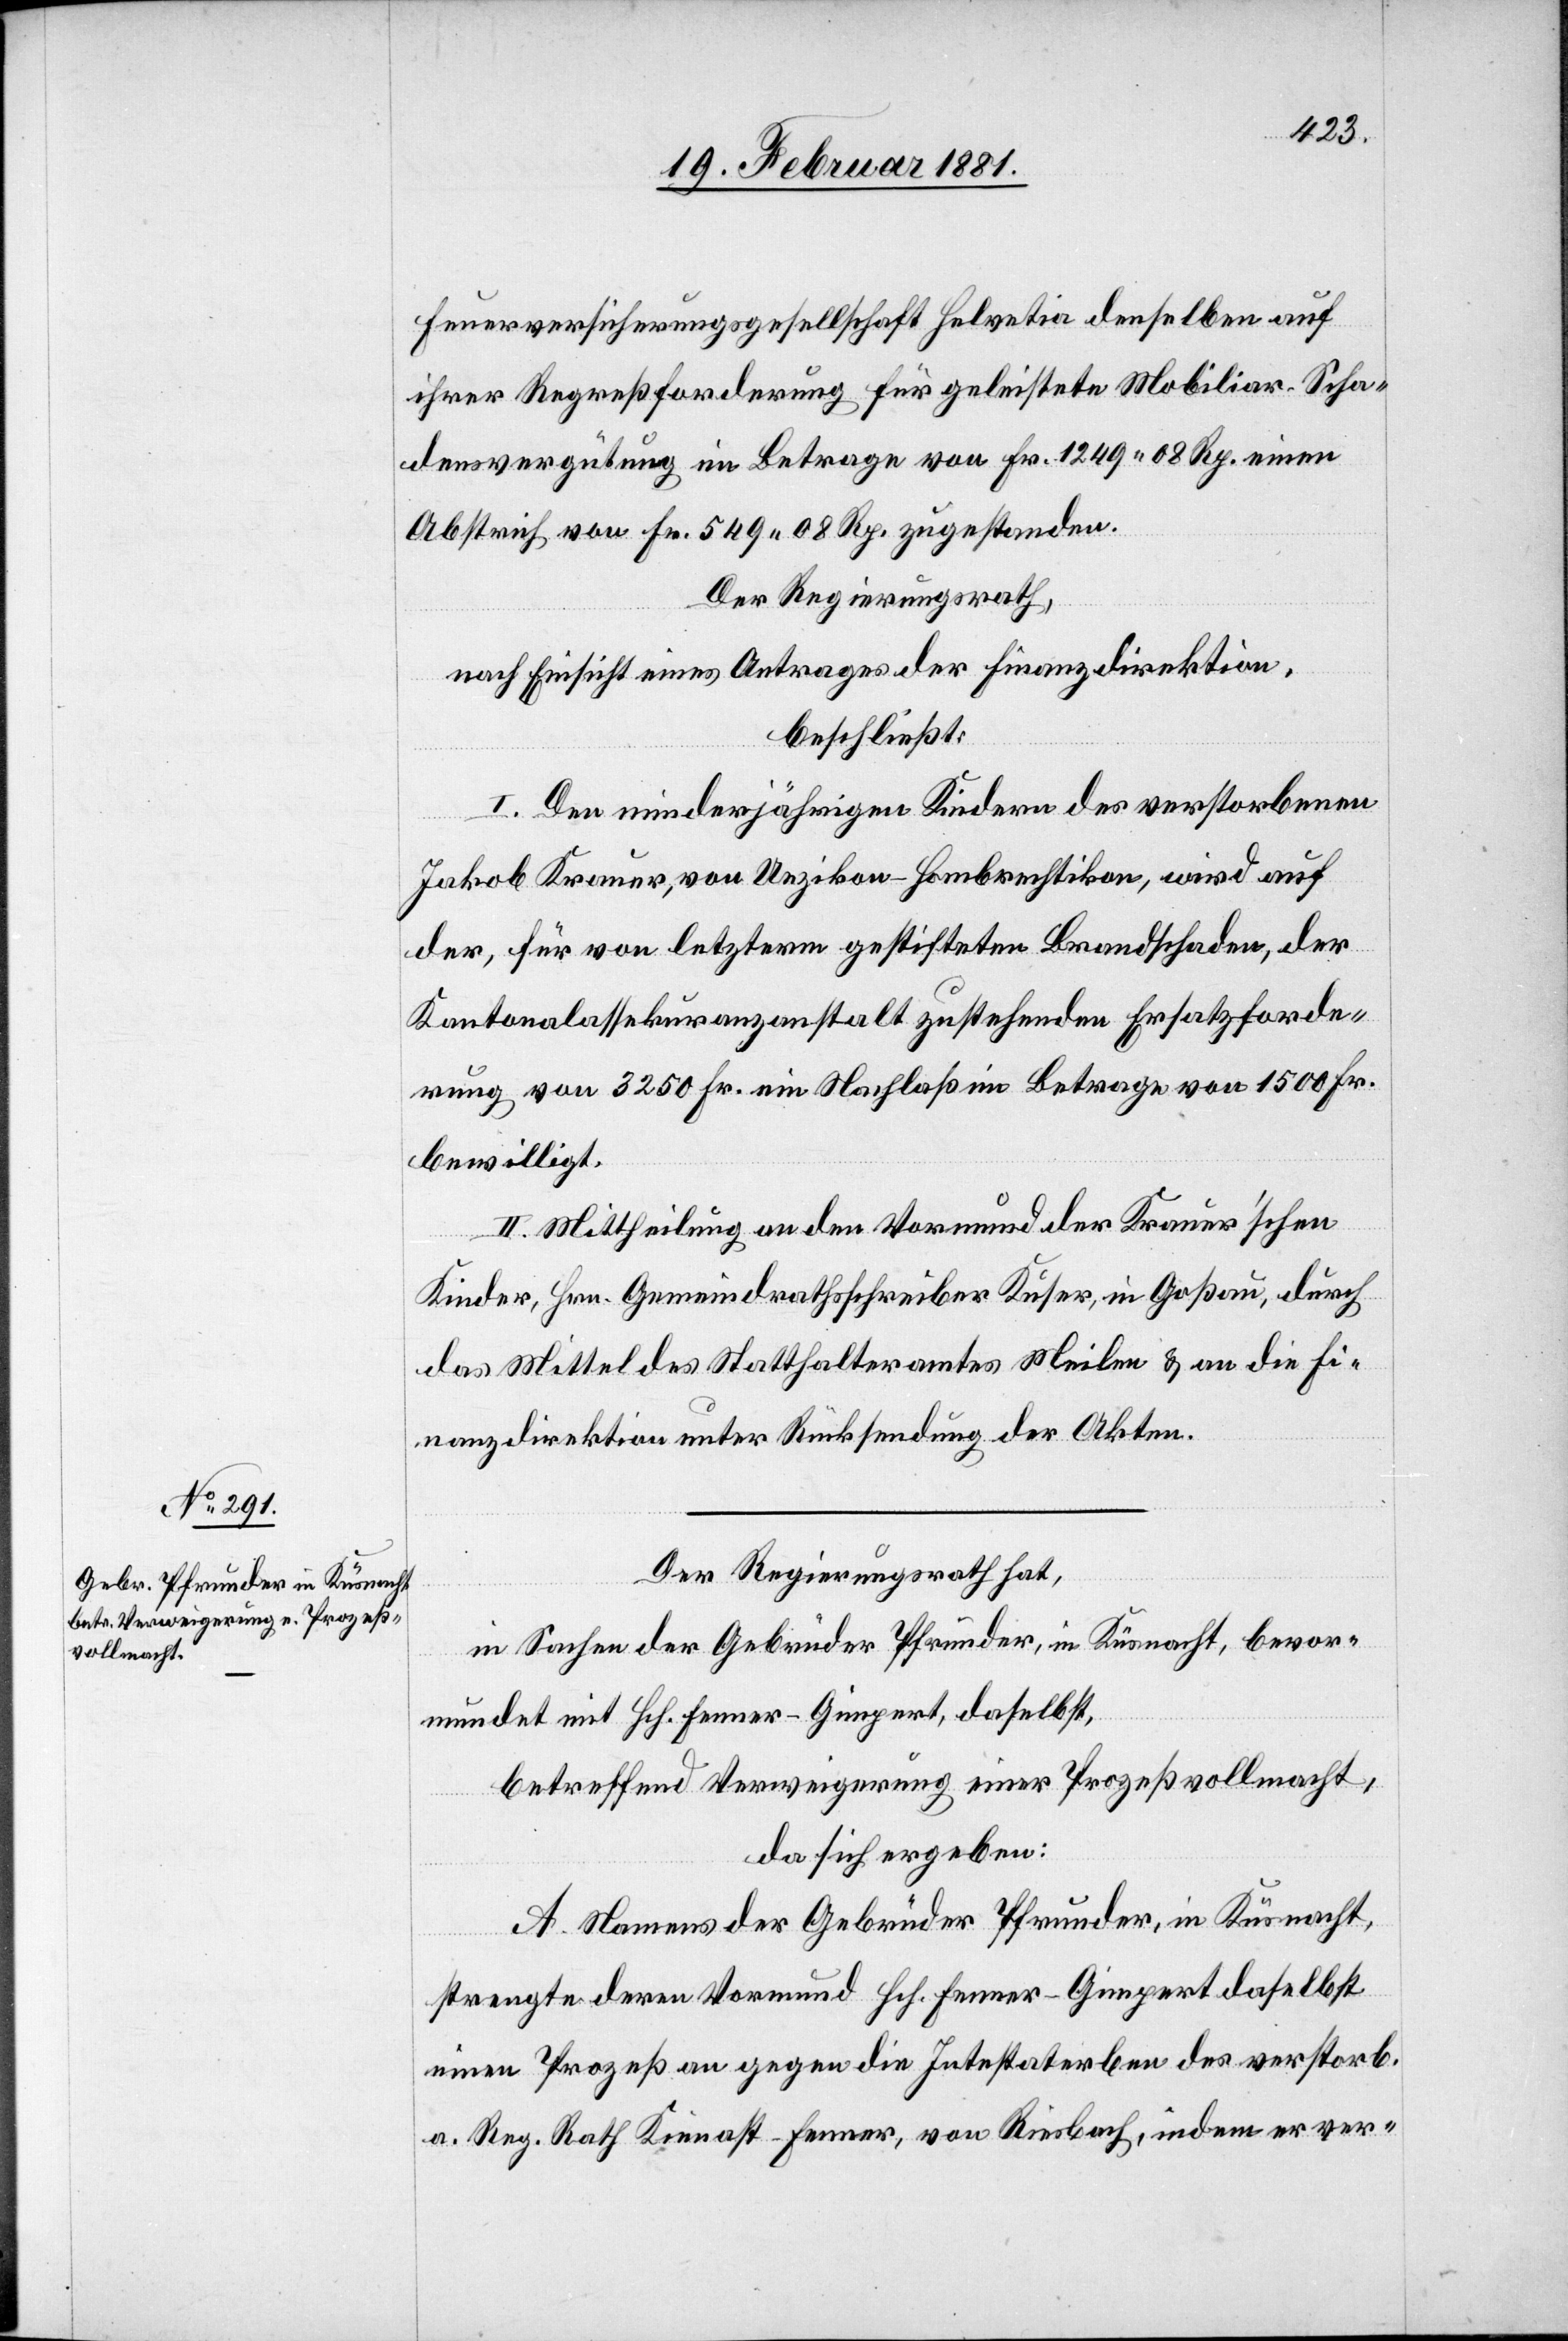
Feuerversicherungsgesellschaft Helvetia denselben auf
ihrer Regreßforderung für geleistete Mobiliar-Scha¬
densvergütung im Betrage von Fr. 1249 08 Rp. einen
Abstrich von Fr. 549 08 Rp. zugestanden.
Der Regierungsrath,
nach Einsicht eines Antrages der Finanzdirektion,
beschließt:
I. Den minderjährigen Kindern des verstorbenen
Jakob Krauer, von Uezikon - Hombrechtikon, wird auch
der, für von letzterm gestifteten Brandschaden, der
Kantonalassekuranzanstalt zustehenden Ersatzforde¬
rung von 3250 Fr. ein Nachlaß im Betrage von 1500 Fr.
bewilligt.
II. Mittheilung an den Vormund der Krauer’schen
Kinder, Hrn. Gemeindrathsschreiber Kuser in Goßau, durch
das Mittel des Statthalteramtes Meilen & an die Fi¬
nanzdirektion unter Rücksendung der Akten.
Der Regierungsrath hat,
in Sachen der Gebrüder Pfrunder, in Küsnacht, bevor¬
mundet mit Hch. Fenner-Gimpert, daselbst,
betreffend Verweigerung einer Prozeßvollmacht,
da sich ergeben:
A. Namens der Gebrüder Pfrunder, in Küsnacht,
strengte deren Vormund Hch. Fenner-Gimpert daselbst
einen Prozeß an gegen die Intestaterben des verstorb.
a. Reg. Rath Kienast-Fenner, von Riesbach, indem er ver-